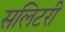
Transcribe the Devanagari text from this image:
सलिटरी